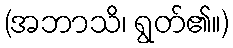
(အဘာသိ၊ ရွတ်၏။)